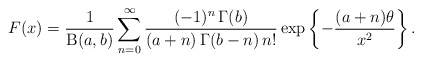
\begin{align*}F(x)=\frac{1}{\operatorname{B}(a,b)}\sum^{\infty}_{n=0}\frac{(-1)^n\,\Gamma(b)}{(a+n)\,\Gamma(b-n)\,n!}\exp\left\{-\frac{(a+n)\theta}{x^2}\right\}.\end{align*}